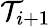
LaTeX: \mathcal{T}_{i+1}